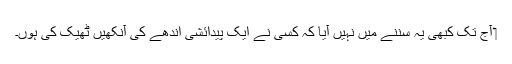
‏ آج تک کبھی یہ سننے میں نہیں آیا کہ کسی نے ایک پیدائشی اندھے کی آنکھیں ٹھیک کی ہوں۔